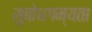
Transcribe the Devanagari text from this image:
सुबोधगम्यता